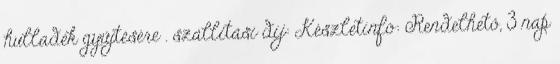
hulladék gyűjtésére . szállítási díj: Készletinfó: Rendelhető, 3 nap